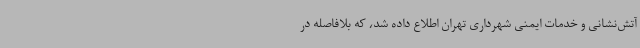
آتش‌نشانی و خدمات ایمنی شهرداری تهران اطلاع داده شد، که بلافاصله در